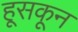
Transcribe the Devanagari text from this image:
हूसकून